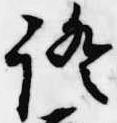
証